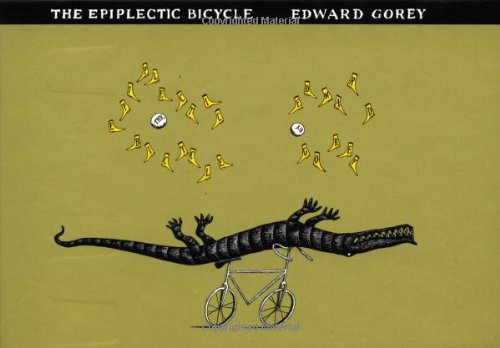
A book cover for The Epiplectic Bicycle; Edward Gorey; Comics & Graphic Novels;